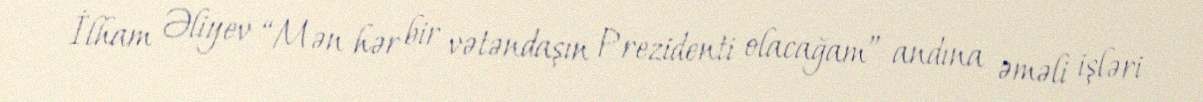
İlham Əliyev “Mən hər bir vətəndaşın Prezidenti olacağam” andına əməli işləri